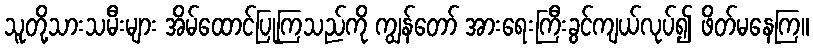
သူတို့သားသမီးများ အိမ်ထောင်ပြုကြသည်ကို ကျွန်တော် အားရေးကြီးခွင်ကျယ်လုပ်၍ ဖိတ်မနေကြ။